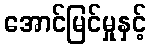
အောင်မြင်မှုနှင့်